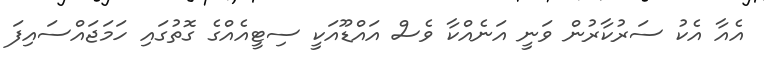
އެއާ އެކު ސަރުކާރުން ވަނީ އަނެއްކާ ވެސް އައްޑޫއަކީ ސިޓީއެއްގެ ގޮތުގައި ހަމަޖައްސައިފަ